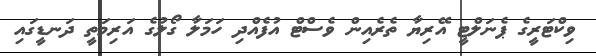
ވިކްޓަރީގެ ޕެނަލްޓީ އޭރިޔާ ތެރެއިން ވެސްޓް އުފެއްދި ހަމަލާ ގޯލުގެ އަރިމަތީ ދަނޑީގައި